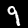
Digit: 9